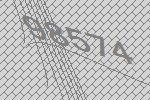
98574